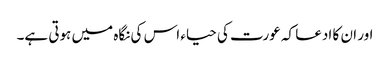
اور ان کا ادعا کہ عورت کی حیاء اس کی نگاہ میں ہوتی ہے۔